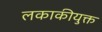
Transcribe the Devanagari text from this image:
लकाकीयुक्त